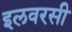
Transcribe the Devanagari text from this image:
इलवरसी